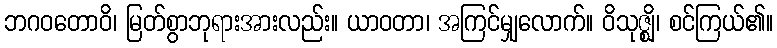
ဘဂဝတောဝိ၊ မြတ်စွာဘုရားအားလည်း။ ယာဝတာ၊ အကြင်မျှလောက်။ ဝိသုဇ္ဈိ၊ စင်ကြယ်၏။